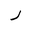
Letter: _ra